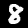
Label: 8